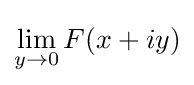
\lim _{y\to 0}F(x+iy)